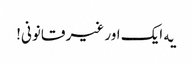
‎یه ایک اور غیر قانونی!